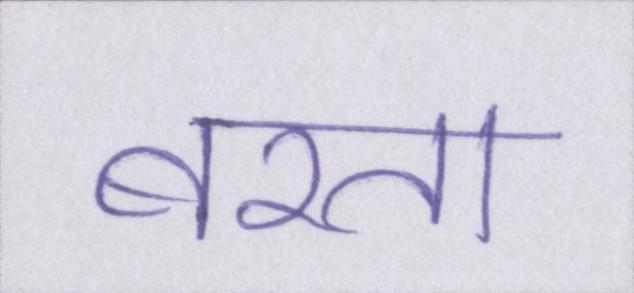
बरता